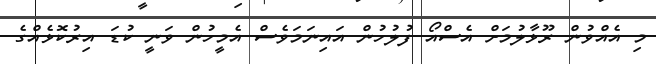
މި އެއްވުން ރޫޅާލުމަށް އެސްއޯ ފުލުހުން އައިނަމަވެސް އެމީހުން ވަނީ ކުޑަ އިރުކޮޅެއްގެ